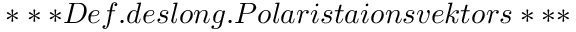
* * * D e f . d e s l o n g . P o l a r i s t a i o n s v e k t o r s * * *